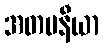
အတပနီယာ